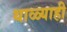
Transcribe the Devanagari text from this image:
थाळ्याही